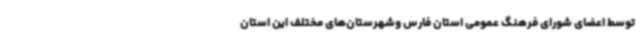
توسط اعضای شورای فرهنگ عمومی استان فارس وشهرستان‌های مختلف این استان